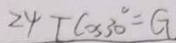
2 4 T \cos 3 0 ^ { \circ } = G